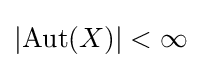
\left|\operatorname {Aut} (X)\right|<\infty